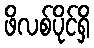
ဖိလစ်ပိုင်ရှိ